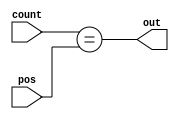
`default_nettype none
`timescale 1ns/1ns
//Give a one-cycle pulse at the detected value
module pwm_oneshot_detector #(
    parameter WIDTH = 8
    ) (
    output wire out,
    input wire [WIDTH-1:0] count,
    input wire [WIDTH-1:0] pos   //- where +Ve edge come
    );

    //reg [WIDTH-1:0] count;
    assign out = ( count == pos );

endmodule